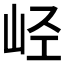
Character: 𫵸